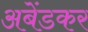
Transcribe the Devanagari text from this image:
अबेंडकर